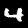
Digit: 4